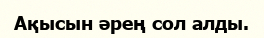
Ақысын әрең сол алды.